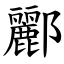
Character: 酈